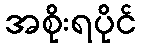
အစိုးရပိုင်